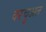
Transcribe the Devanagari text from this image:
वरचुअल